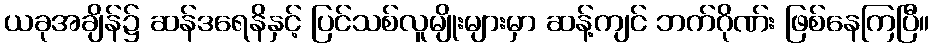
ယခုအချိန်၌ ဆန်ဒရေနိနှင့် ပြင်သစ်လူမျိုးများမှာ ဆန့်ကျင် ဘက်ဂိုဏ်း ဖြစ်နေကြပြီ။